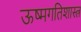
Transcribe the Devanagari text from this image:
ऊष्मगतिशास्त्र